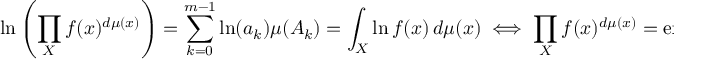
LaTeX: \ln \left( \prod _ { X } f ( x ) ^ { d \mu ( x ) } \right) = \sum _ { k = 0 } ^ { m - 1 } \ln ( a _ { k } ) \mu ( A _ { k } ) = \int _ { X } \ln f ( x ) \, d \mu ( x ) \iff \prod _ { X } f ( x ) ^ { d \mu ( x ) } = \exp \left( \int _ { X } \ln f ( x ) \, d \mu ( x ) \right) ,